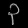
Digit: ၃